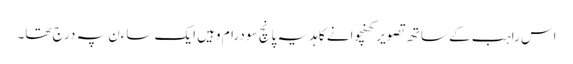
اس راہب کے ساتھ تصویر کھنچوانے کا ہدیہ پانچ سو درام وہیں ایک ساءن پہ درج تھا۔